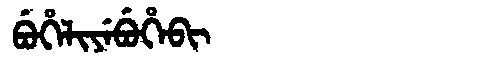
Manchu: ᠪᡠᡥᡝᠯᡳᠶᡝᠪᡠᡥᡝᠪᡳ
Romanization: BUHELIYEBUHEBI